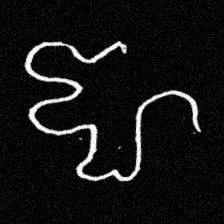
Pyu character \u2014 Myanmar letter: ဈ (romanized: jha)